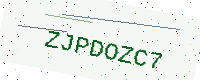
Text: ZJPDOZC7